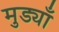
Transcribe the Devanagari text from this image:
मुड्याँ